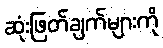
ဆုံးဖြတ်ချက်များကို